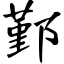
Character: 鄞